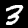
Digit: 3